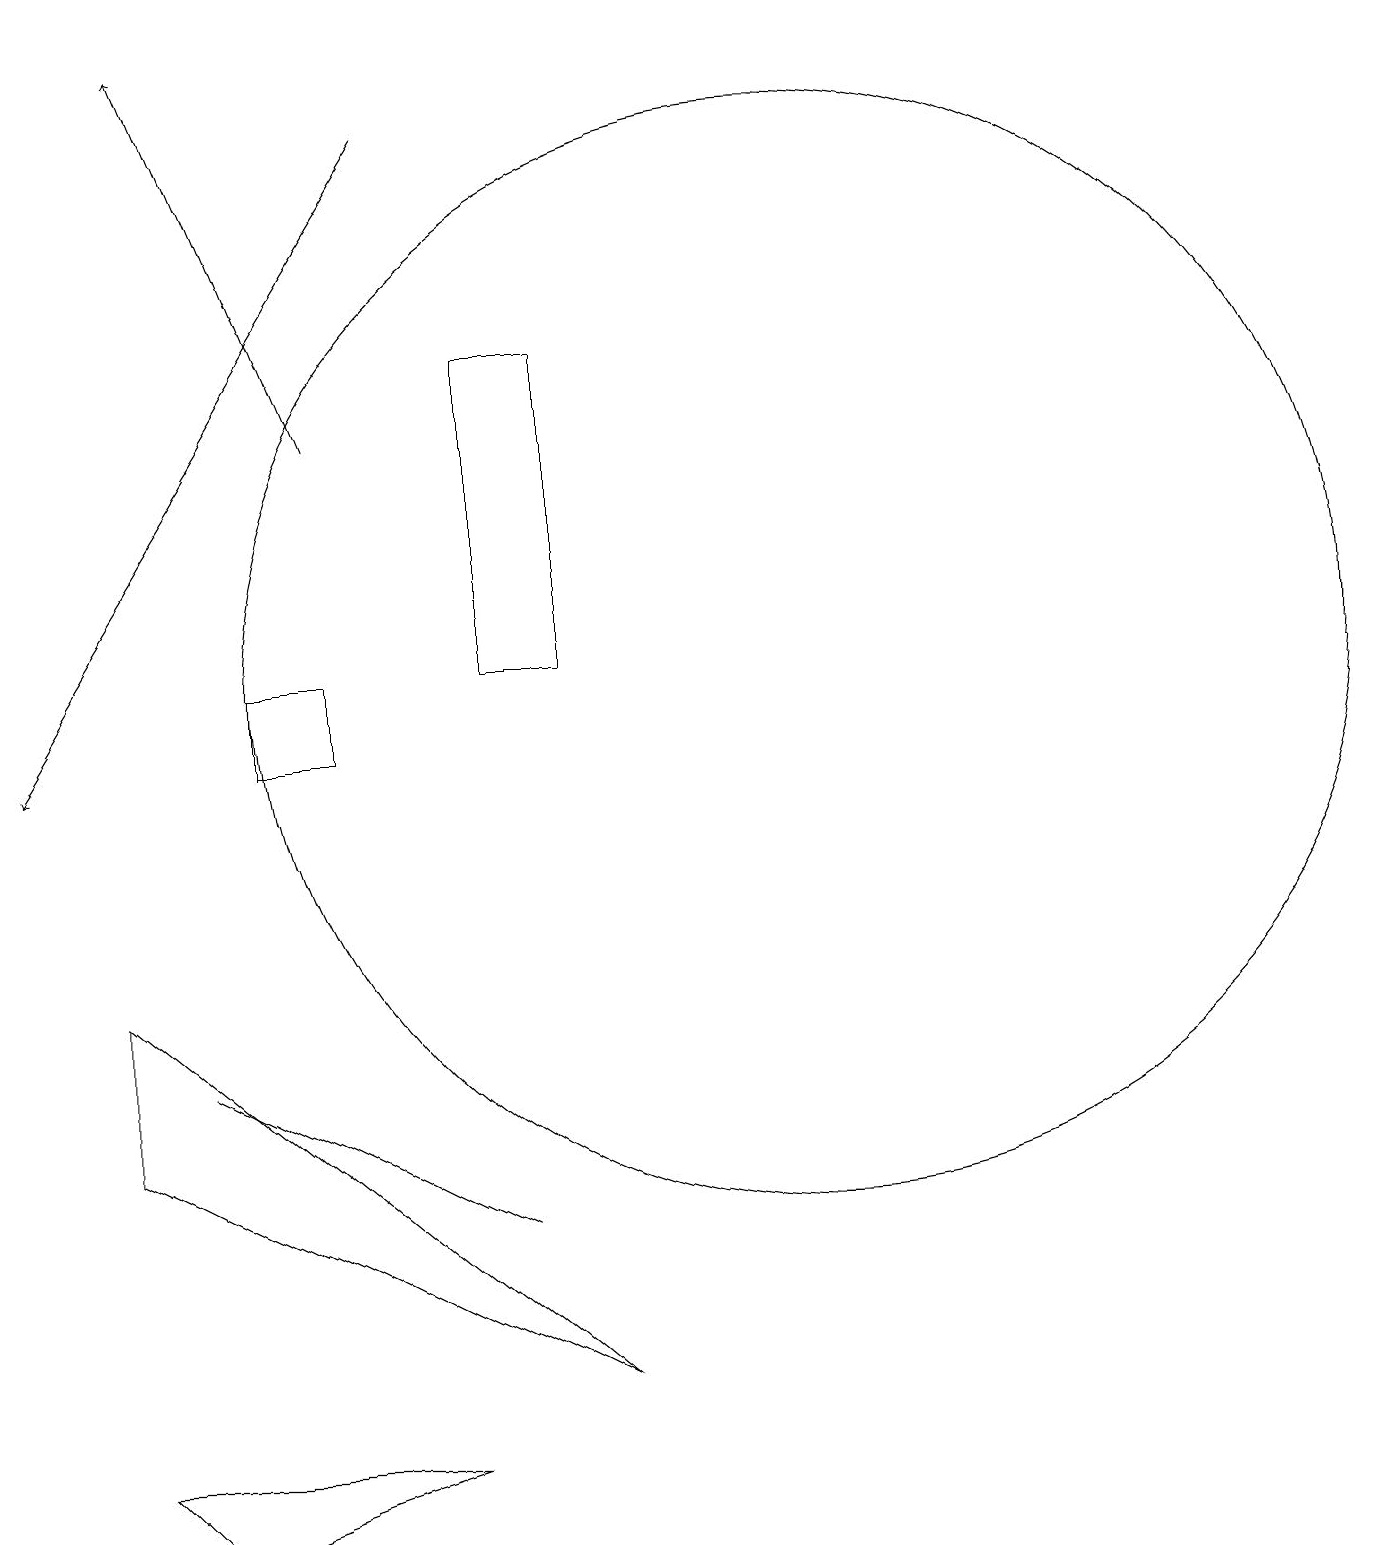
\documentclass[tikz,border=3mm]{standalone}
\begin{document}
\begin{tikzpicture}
\draw (11,11) circle (7);
\draw[->] (5,14) -- (3,19);
\draw (2,7) -- (2,5) -- (8,2) -- cycle;
\draw (7,4) -- (3,6) -- (3,6) -- cycle;
\draw (6,1) -- (3,0) -- (2,1) -- cycle;
\draw (5,11) rectangle (4,10);
\draw (7,11) rectangle (8,15);
\draw[->] (6,18) -- (1,10);
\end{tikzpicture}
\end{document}